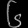
Digit: ၆